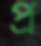
প্র